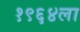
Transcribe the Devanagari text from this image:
१९६४ला